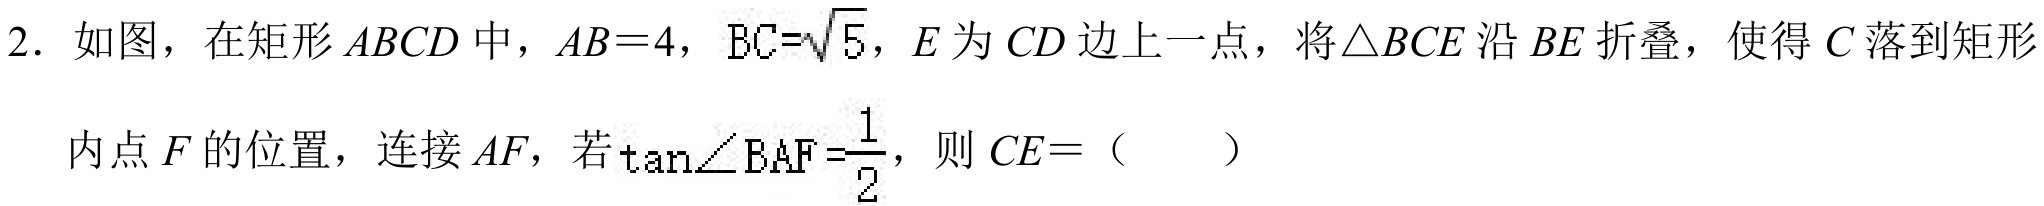
2. 如图，在矩形\(ABCD\)中，\(AB = 4\)，\(BC=\sqrt{5}\)，\(E\)为\(CD\)边上一点，将\(\triangle BCE\)沿\(BE\)折叠，使得\(C\)落到矩形
内点\(F\)的位置，连接\(AF\)，若\(\tan\angle BAF=\frac{1}{2}\)，则\(CE =\)（  ）